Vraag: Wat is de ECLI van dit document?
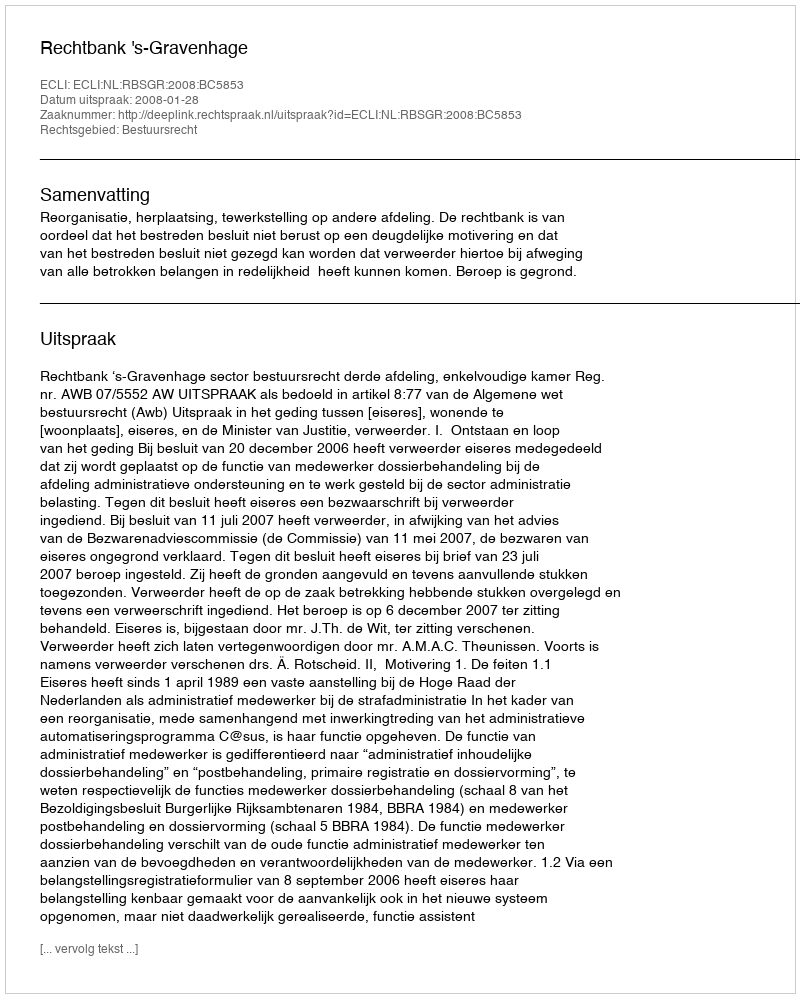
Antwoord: ECLI:NL:RBSGR:2008:BC5853